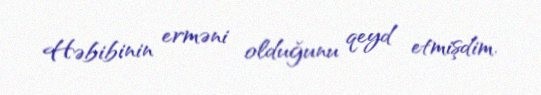
Həbibinin erməni olduğunu qeyd etmişdim.